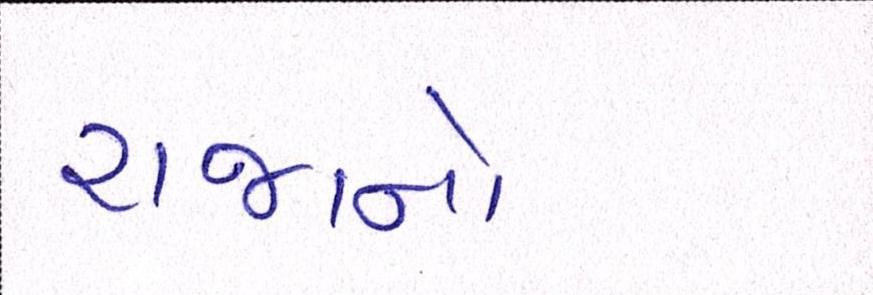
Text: રાજાનો